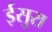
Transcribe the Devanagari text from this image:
ईसुरा